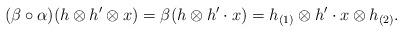
LaTeX: \begin{align*} (\beta \circ \alpha )(h\otimes h'\otimes x)=\beta (h\otimes h'\cdot x)=h_{(1)}\otimes h'\cdot x\otimes h_{(2)}.\end{align*}